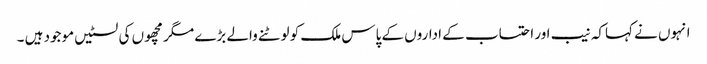
انہوں نے کہاکہ نیب اور احتساب کے اداروں کے پاس ملک کو لوٹنے والے بڑے مگر مچھوں کی لسٹیں موجود ہیں ۔